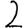
Digit: 2